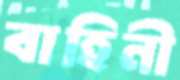
বাহিনী